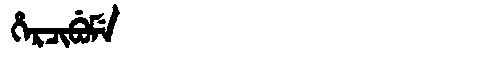
Manchu: ᡥᡝᡵᠴᡳᠪᡠᠮᡝ
Romanization: HERCIBUME